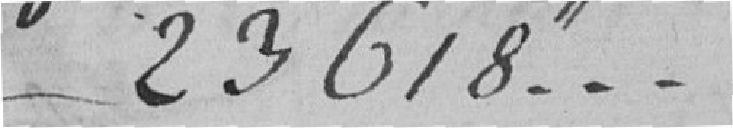
23618h